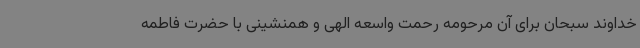
خداوند سبحان برای آن مرحومه رحمت واسعه الهی و همنشینی با حضرت فاطمه